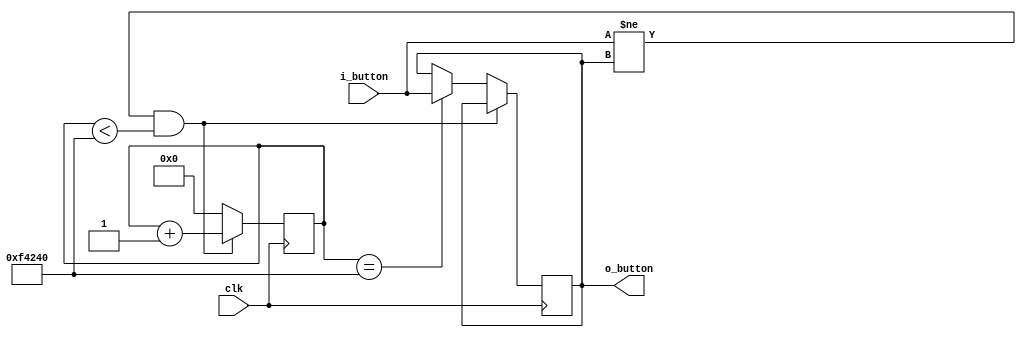
module debouncing(
    input   clk,
    input   i_button,
    output  o_button
);	// debouncing
    parameter	LIMIT = 1_000_000;		
    reg		prev_state = 1'b0;
    reg [20:0]	cnt = 0;		

    always @(posedge clk) begin
        if ( (i_button != prev_state) && (cnt < LIMIT) )
            cnt <= cnt + 1;

        else if (cnt == LIMIT) begin
            cnt <= 0;
            prev_state <= i_button;
        end

        else
            cnt <= 0;
    end

    assign o_button = prev_state;

endmodule